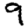
Digit: 9